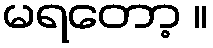
မရတော့ ။